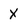
Character: X